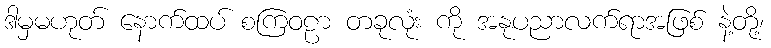
ဒါမှမဟုတ် နောက်ထပ် စကြဝဠာ တခုလုံး ကို အနုပညာလက်ရာအဖြစ် နဲ့တို့၊